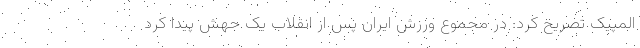
المپیک تصریح کرد: در مجموع ورزش ایران پس از انقلاب یک جهش پیدا کرد